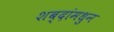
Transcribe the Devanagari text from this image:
शब्दांमधुन